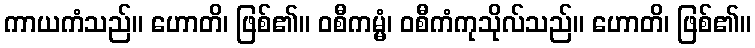
ကာယကံသည်။ ဟောတိ၊ ဖြစ်၏။ ဝစီကမ္မံ၊ ဝစီကံကုသိုလ်သည်။ ဟောတိ၊ ဖြစ်၏။